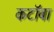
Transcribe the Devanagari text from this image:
कटॉबा